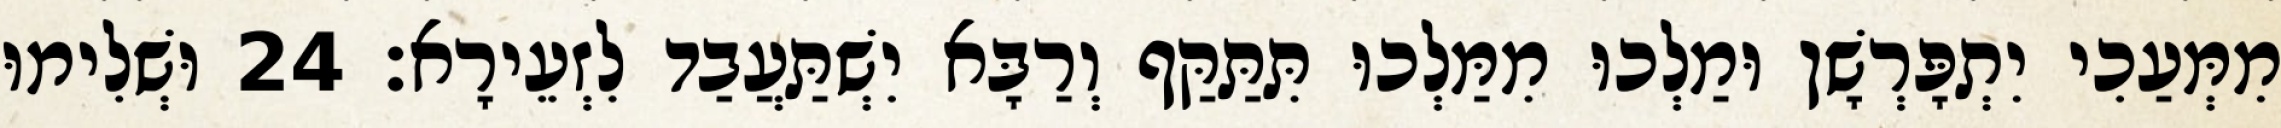
מִמְּעַכִי יִתְפָּרְשָׁן וּמַלְכוּ מִמַּלְכוּ תִּתַּקַּף וְרַבָּא יִשְׁתַּעֲבַד לִזְעֵירָא׃ 24 וּשְׁלִימוּ